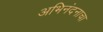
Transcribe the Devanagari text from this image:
अभिनंदनाचा